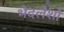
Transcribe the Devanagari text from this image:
भेदलेशो